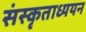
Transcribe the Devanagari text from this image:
संस्कृताध्ययन